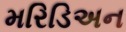
મરિડિઅન